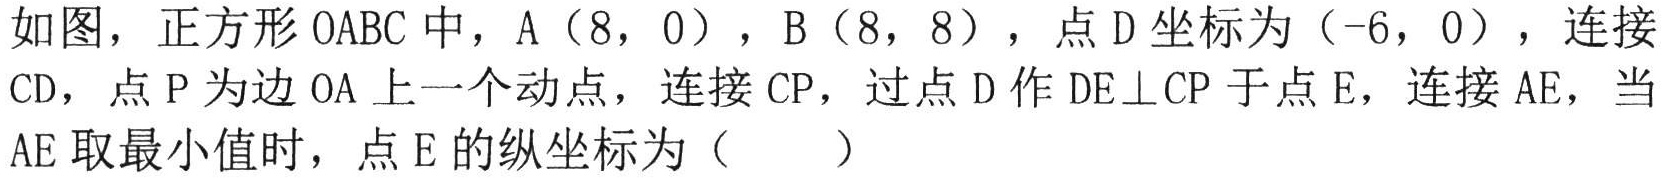
如图，正方形OABC中，A（8，0），B（8，8），点D坐标为（-6，0），连接CD，点P为边OA上一个动点，连接CP，过点D作DE⊥CP于点E，连接AE，当AE取最小值时，点E的纵坐标为（  ）